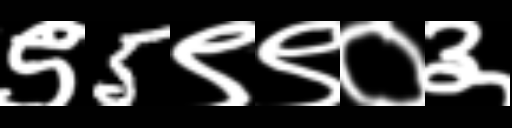
Text: ९5९९०३